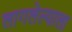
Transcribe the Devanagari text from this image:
लागलेल्याला